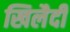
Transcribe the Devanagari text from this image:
खिलैदी